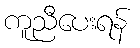
ကူညီပေးရန်